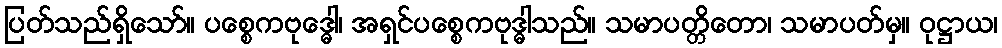
ပြတ်သည်ရှိသော်။ ပစ္စေကဗုဒ္ဓေါ၊ အရှင်ပစ္စေကဗုဒ္ဓါသည်။ သမာပတ္တိတော၊ သမာပတ်မှ။ ဝုဋ္ဌာယ၊